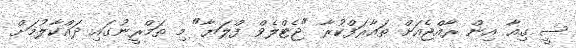
ސީ ގިއާ އިން ރާއްޖެއަށް ތައާރަފްކުރާ "ޖެޓްލެވް ފްލަޔާ" މި ތަމްރީނުގައި ދައްކާލުމަށް